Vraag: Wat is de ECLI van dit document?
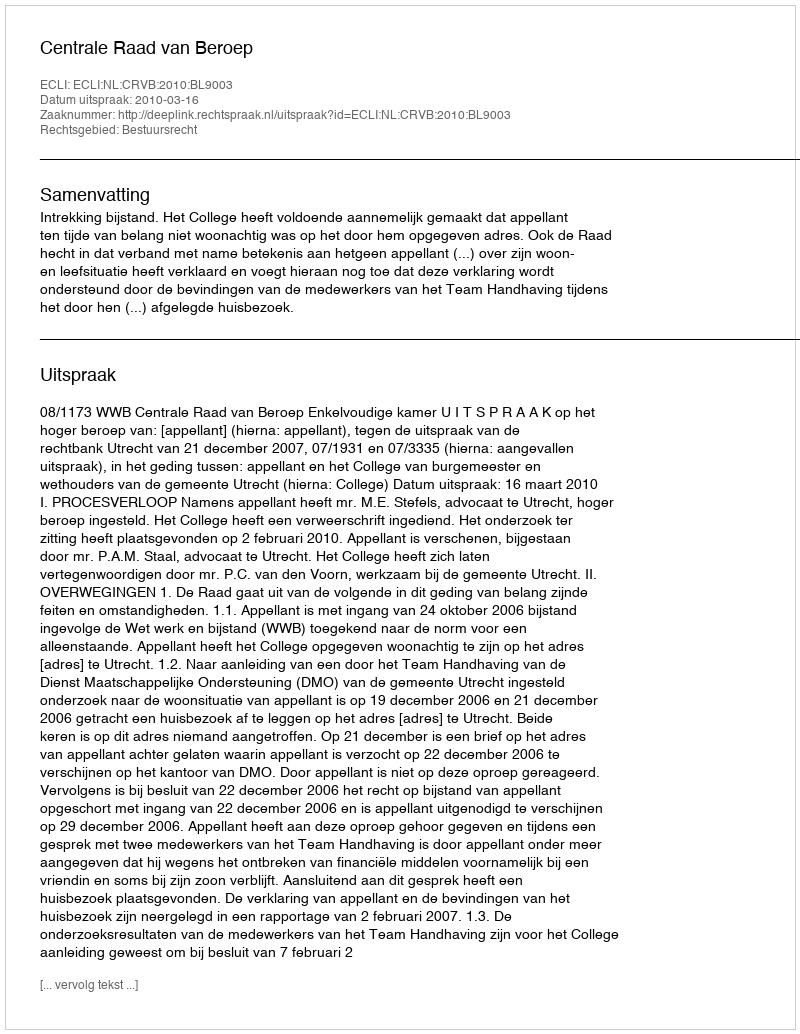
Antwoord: ECLI:NL:CRVB:2010:BL9003